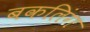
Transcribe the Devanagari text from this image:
बकलिंग